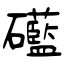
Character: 礷